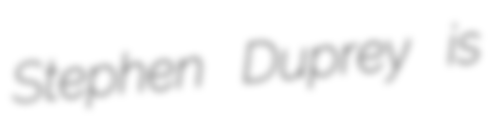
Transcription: Stephen Duprey is